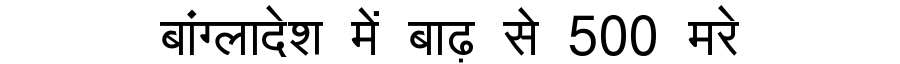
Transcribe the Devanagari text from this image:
बांग्लादेश में बाढ़ से 500 मरे